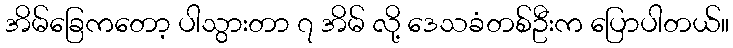
အိမ်ခြေကတော့ ပါသွားတာ ၇ အိမ် လို့ ဒေသခံတစ်ဦးက ပြောပါတယ်။